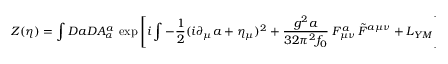
Z ( \eta ) = \int { \cal D } a { \cal D } A _ { \alpha } ^ { a } \ \exp \left[ i \int - { \frac { 1 } { 2 } } ( i \partial _ { \mu } a + \eta _ { \mu } ) ^ { 2 } + { \frac { g ^ { 2 } a } { 3 2 \pi ^ { 2 } f _ { 0 } } } \; F _ { \mu \nu } ^ { a } \, \tilde { F } ^ { a \mu \nu } + { \cal L } _ { Y M } \right] \ .